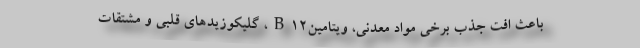
باعث افت جذب برخي مواد معدني، ويتامينB12، گليكوزيدهاي قلبي و مشتقات